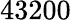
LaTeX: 43200